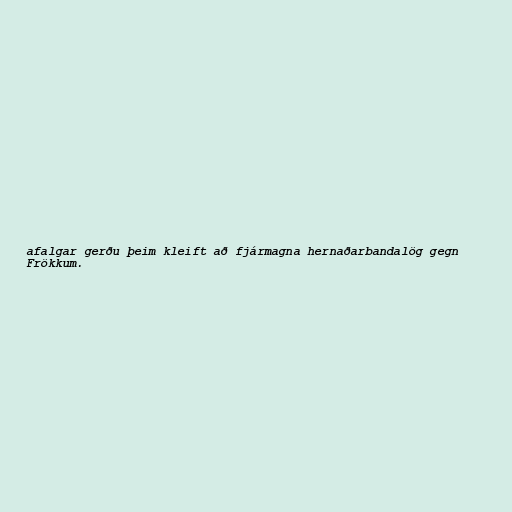
afalgar gerðu þeim kleift að fjármagna hernaðarbandalög gegn
Frökkum.